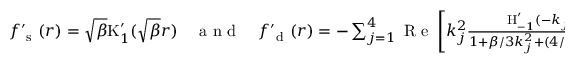
\begin{array} { r } { f _ { \mathrm { ~ s ~ } } ^ { \prime } ( r ) = \sqrt { \beta } \mathrm { K } _ { 1 } ^ { \prime } ( \sqrt { \beta } r ) \quad \mathrm { ~ a ~ n ~ d ~ } \quad f _ { \mathrm { ~ d ~ } } ^ { \prime } ( r ) = - \sum _ { j = 1 } ^ { 4 } \mathrm { ~ R ~ e ~ } \left[ k _ { j } ^ { 2 } \frac { \mathrm { H } _ { - 1 } ^ { \prime } ( - k _ { j } r ) + \mathrm { Y } _ { 1 } ^ { \prime } ( - k _ { j } r ) } { 1 + \beta / 3 k _ { j } ^ { 2 } + ( 4 / 3 ) \mathrm { i } \epsilon / k _ { j } + ( 4 / 3 ) \epsilon ^ { 2 } k _ { j } } \right] . } \end{array}